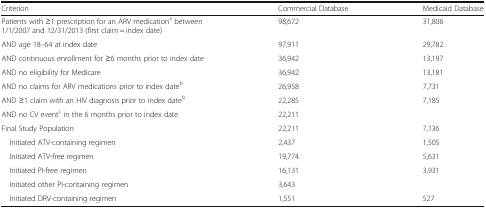
<table><thead><tr><td><b>Criterion</b></td><td><b>Commercial Database</b></td><td><b>Medicaid Database</b></td></tr></thead><tbody><tr><td>Patients with ≥1 prescription for an ARV medication<sup>a</sup> between 1/1/2007 and 12/31/2013 (first claim = index date)</td><td>98,672</td><td>31,806</td></tr><tr><td>AND age 18–64 at index date</td><td>97,911</td><td>29,782</td></tr><tr><td>AND continuous enrollment for ≥6 months prior to index date</td><td>36,942</td><td>13,197</td></tr><tr><td>AND no eligibility for Medicare</td><td>36,942</td><td>13,181</td></tr><tr><td>AND no claims for ARV medications prior to index date<sup>b</sup></td><td>26,958</td><td>7,731</td></tr><tr><td>AND ≥1 claim with an HIV diagnosis prior to index date<sup>b</sup></td><td>22,285</td><td>7,185</td></tr><tr><td>AND no CV event<sup>c</sup> in the 6 months prior to index date</td><td>22,211</td><td>[EMPTY_CELL]</td></tr><tr><td>Final Study Population</td><td>22,211</td><td>7,136</td></tr><tr><td> Initiated ATV-containing regimen</td><td>2,437</td><td>1,505</td></tr><tr><td> Initiated ATV-free regimen</td><td>19,774</td><td>5,631</td></tr><tr><td> Initiated PI-free regimen</td><td>16,131</td><td>3,931</td></tr><tr><td> Initiated other PI-containing regimen</td><td>3,643</td><td>[EMPTY_CELL]</td></tr><tr><td> Initiated DRV-containing regimen</td><td>1,551</td><td>527</td></tr></tbody></table>